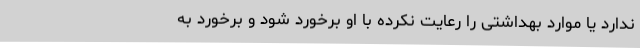
ندارد یا موارد بهداشتی را رعایت نکرده با او برخورد شود و برخورد به